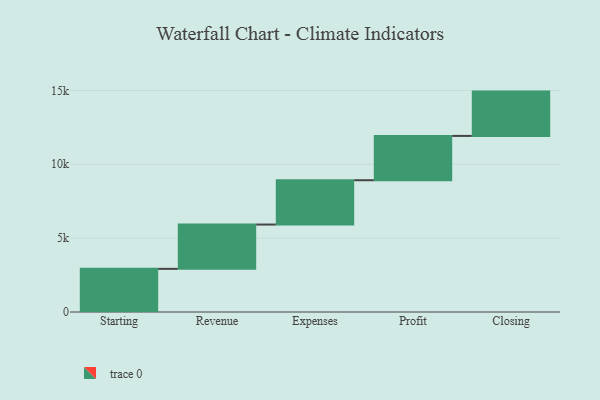
{"axis": {"x": "Step", "y": "Value"}, "legend": [""], "data": [{"x": "Starting", "y": 2921.0, "type": ""}, {"x": "Revenue", "y": 3000, "type": ""}, {"x": "Expenses", "y": 3000, "type": ""}, {"x": "Profit", "y": 3000, "type": ""}, {"x": "Closing", "y": 3000, "type": ""}]}